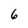
Character: 6